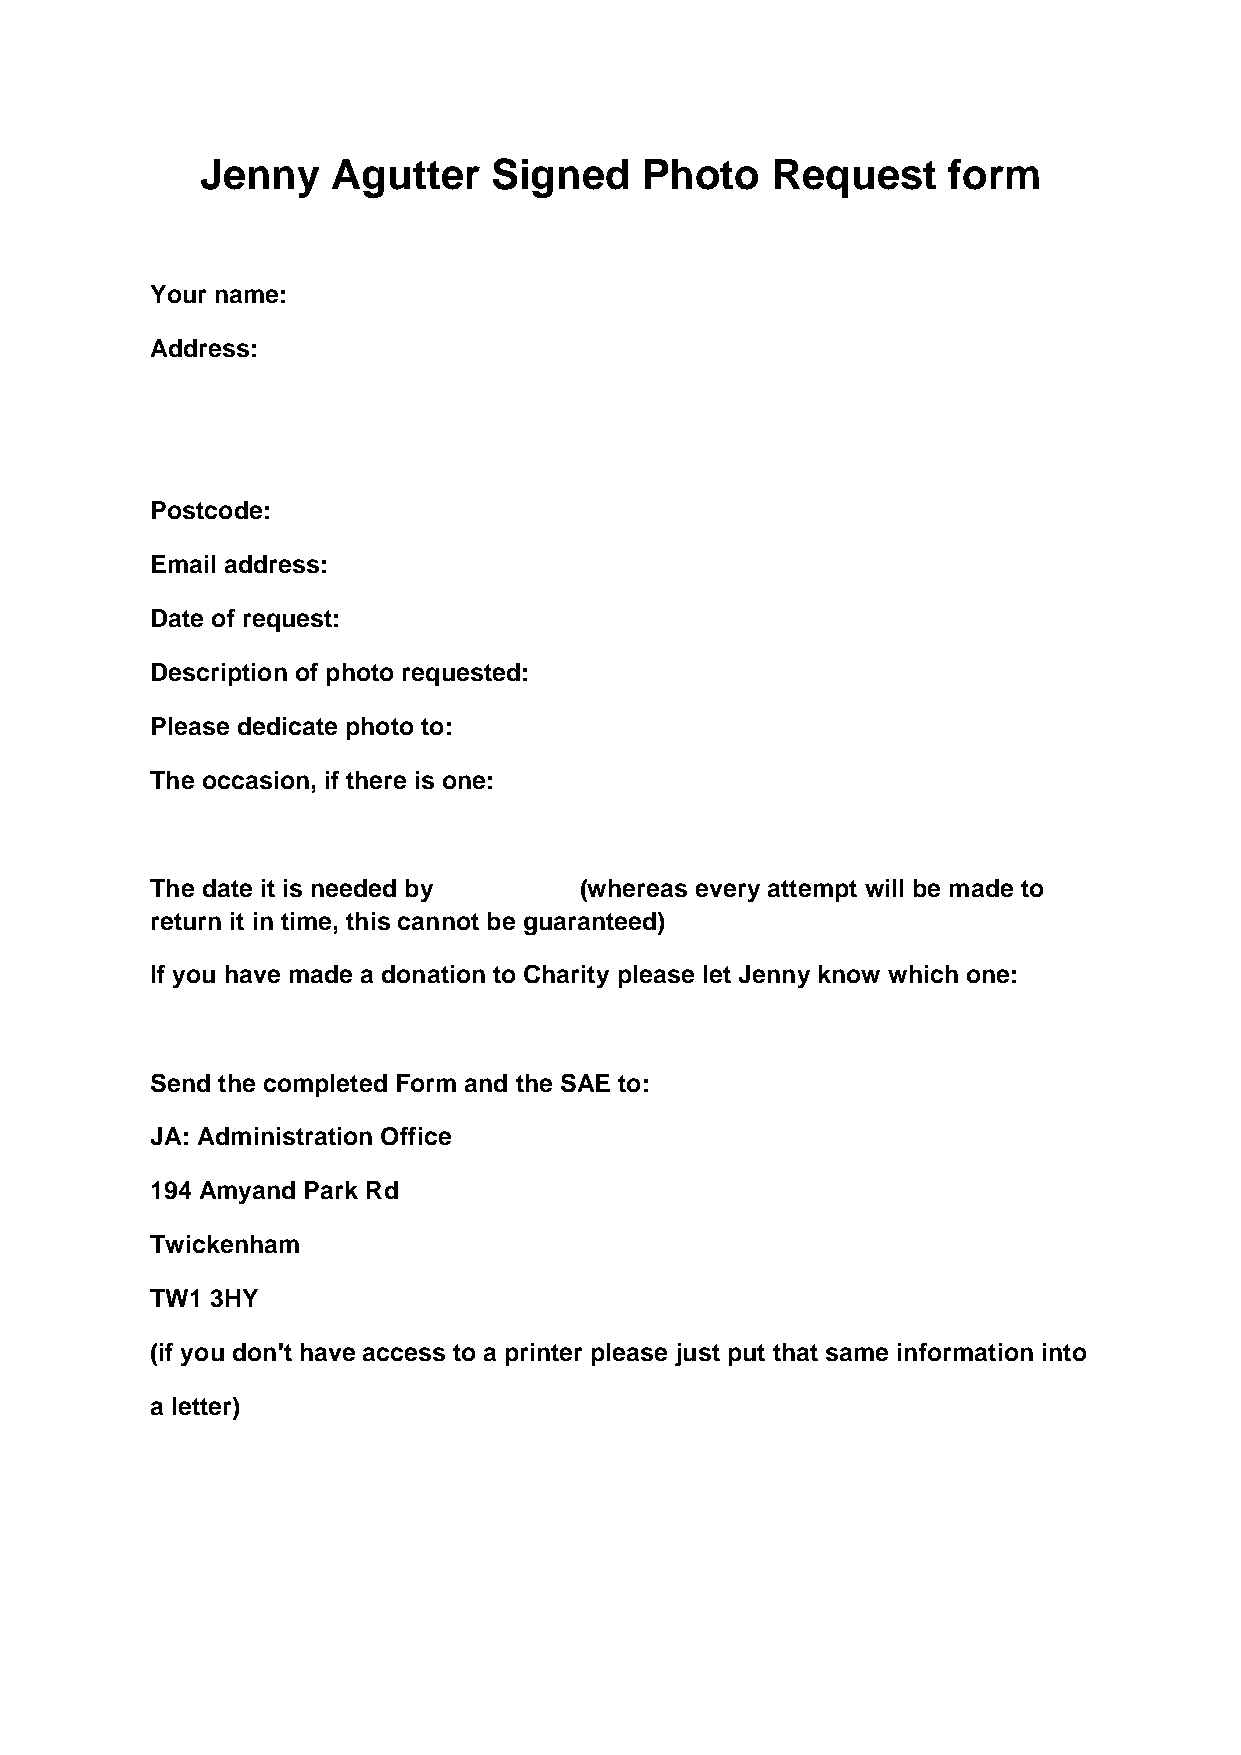
Jenny    Agutter    Signed    Photo   Request     form
 Your name:
 Address:
 Postcode:
 Email address:
 Date of request:
 Description of photo requested:
 Please dedicate photo to:
 The occasion, if there is one:
 The date it is needed by    (whereas every attempt will be made to
 return it in time, this cannot be guaranteed)
 If you have made a donation to Charity please let Jenny know which one:
 Send the completed Form and the SAE to:
 JA: Administration Office
 194 Amyand Park Rd
 Twickenham
 TW1 3HY
 (if you don't have access to a printer please just put that same information into
 a letter)